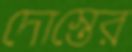
দোস্তের